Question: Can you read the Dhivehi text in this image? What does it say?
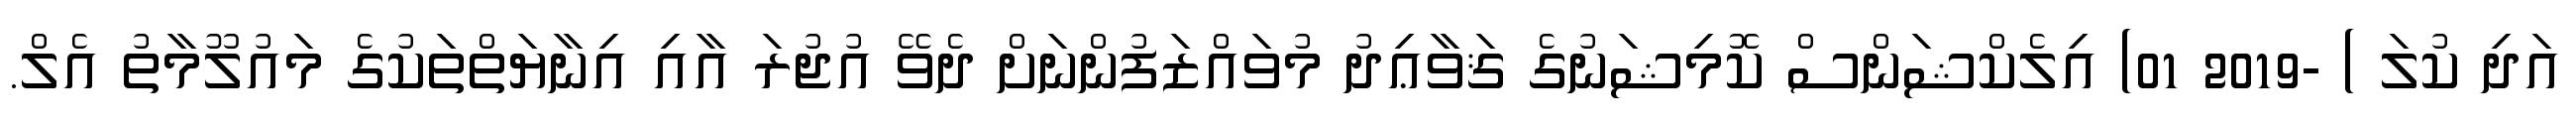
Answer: އަދި ކުލަ ) -2019 01) އިލެކްޝަންސް ކޮމިޝަނުގެ ޤަވާޢިދު މުވައްޒަފުންނަށް ދެވޭ އުޖުރަ އާއި އިނާޔަތްތަކުގެ މައުލޫމާތު އެލް.